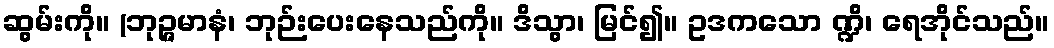
ဆွမ်းကို။ (ဘုဉ္ဇမာနံ၊ ဘုဉ်းပေးနေသည်ကို။ ဒိသွာ၊ မြင်၍။ ဥဒကသော ဏ္ဍိ၊ ရေအိုင်သည်။